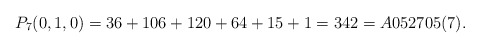
\begin{gather*}P_7(0,1,0)= 36+106+120+64+15+1 = 342 = A052705(7).\end{gather*}